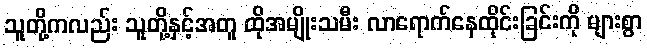
သူတို့ကလည်း သူတို့နှင့်အတူ ထိုအမျိုးသမီး လာရောက်နေထိုင်းခြင်းကို များစွာ